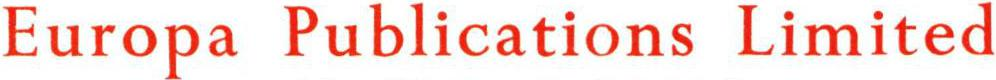
Europa Publications Limited